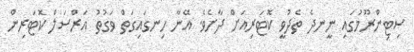
ސިޓިންރޫމުގައި ނީނދެ ތެދުވީ ކޮޓަރިއަށް ދާށެވެ. އޭނާ ހިނގައިގަތް ވަގުތު އަރްސަލް ކޮޓަރިން